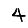
Digit: 4